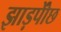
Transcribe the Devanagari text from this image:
झाड़पोेंछ